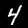
Label: 4